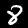
Label: 8